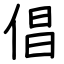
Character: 倡